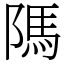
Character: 䧞